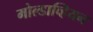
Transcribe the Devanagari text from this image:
मोल्डाव्हियन